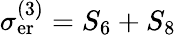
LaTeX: \sigma_{\mathrm{er}}^{(3)}=S_{6}+S_{8}